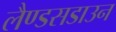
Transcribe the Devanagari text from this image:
लैण्डसडाउन